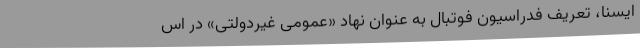
ایسنا، تعریف فدراسیون فوتبال به عنوان نهاد «عمومی غیردولتی» در اس